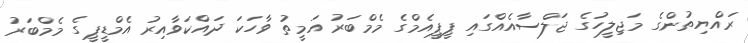
ރައްޔިތުންގެ މަޖިލީހުގެ ޖަލްސާއެއްގައި ޕީޕީއެމްގެ މެމްބަރު އަމީތު ވާހަކަ ދައްކަވާއިރު އެމްޑީޕީގެ މެމްބަރު